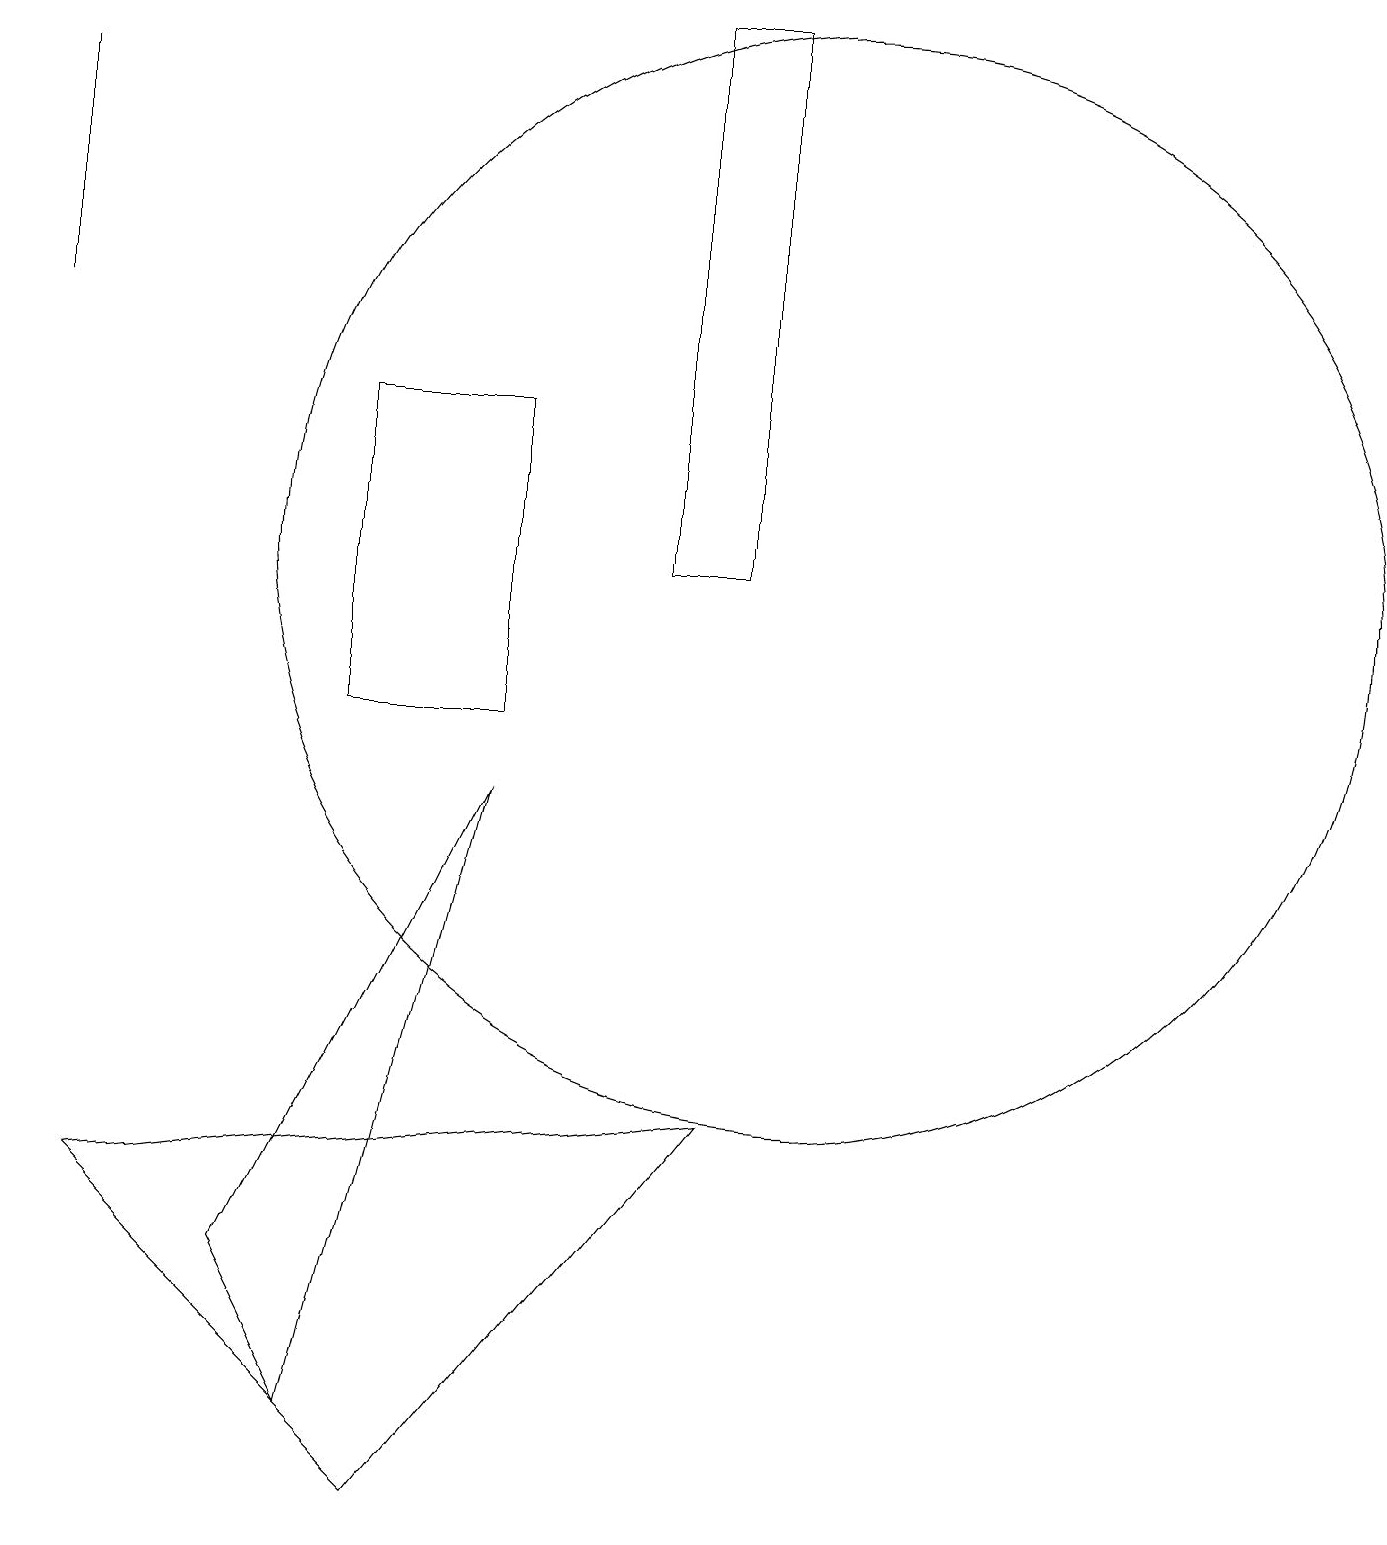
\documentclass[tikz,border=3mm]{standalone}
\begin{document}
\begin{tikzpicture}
\draw (10,12) circle (7);
\draw (6,9) -- (4,1) -- (3,3) -- cycle;
\draw (4,10) rectangle (6,14);
\draw (1,4) -- (9,5) -- (5,0) -- cycle;
\draw (0,15) rectangle (0,18);
\draw (9,19) rectangle (8,12);
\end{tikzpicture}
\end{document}